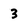
Character: 3